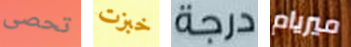
تحصى خبزت درجة ميريام